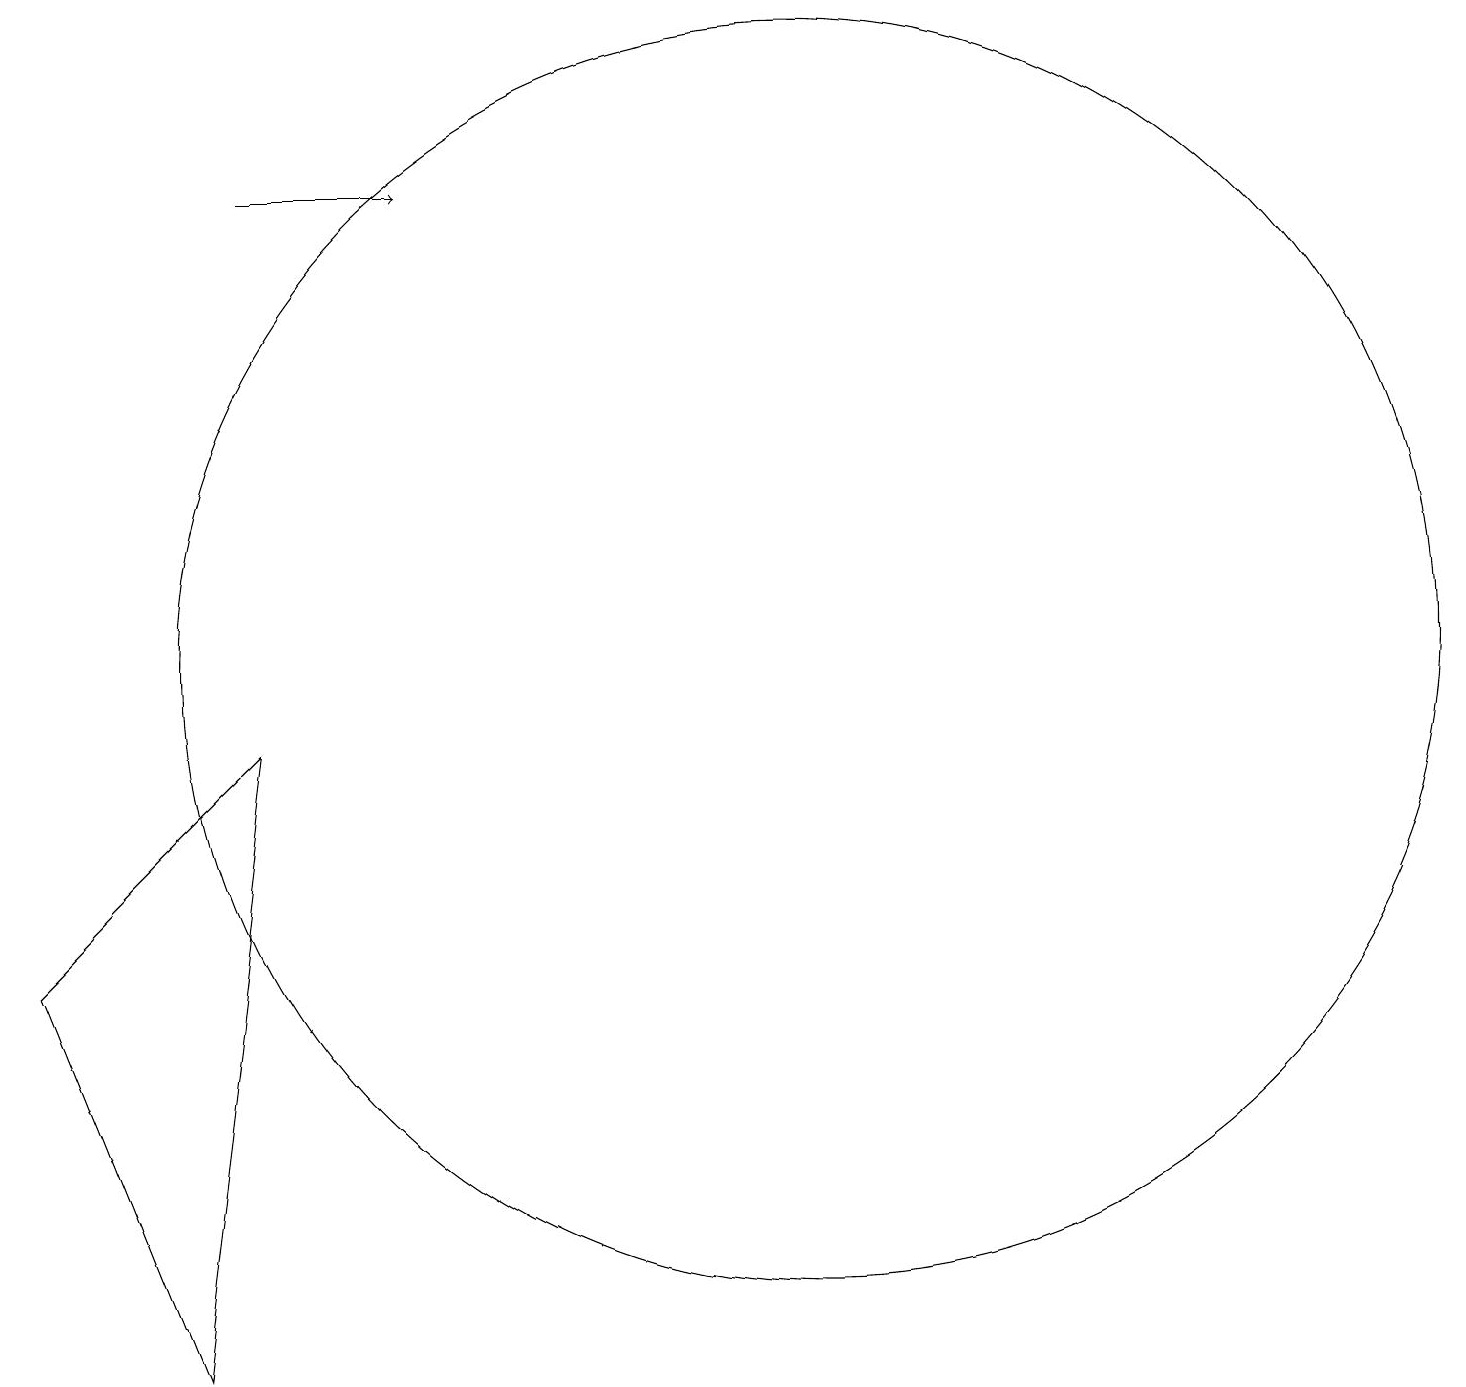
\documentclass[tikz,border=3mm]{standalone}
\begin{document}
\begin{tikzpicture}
\draw (1,6) -- (4,9) -- (3,1) -- cycle;
\draw[->] (4,16) -- (6,16);
\draw (11,10) circle (8);
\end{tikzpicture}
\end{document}